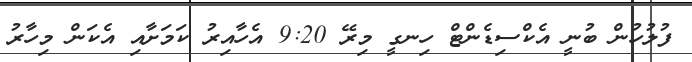
ފުލުހުން ބުނީ އެކްސިޑެންޓް ހިނގީ މިރޭ 9:20 އެހާއިރު ކަމަށާއި އެކަން މިހާރު